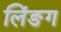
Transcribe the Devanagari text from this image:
लिंङग